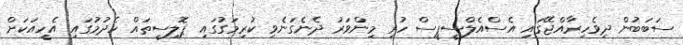
ސަބަބުން ދިވެހިރާއްޖޭގައި އެސްއެލްސީޕީސް ހުރި މިންވަރު ދެނެގަނެވި ކުރިމަގުގައި ޕޮލިސީތައް ހެދުމުގައި އެހީއަކަށް